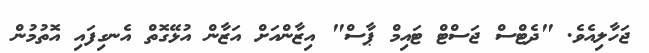
ޖަހާލިއެވެ. "ދެޓްސް ޖަސްޓް ޓައިމް ޕާސް" އިޒާންއަށް އަޒާން އުޅޭގޮތް އެނގިފައި އޮތުމުން